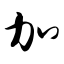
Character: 加